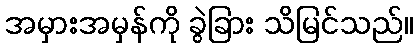
အမှားအမှန်ကို ခွဲခြား သိမြင်သည်။